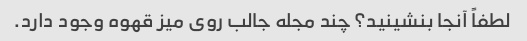
لطفاً آنجا بنشینید؟ چند مجله جالب روی میز قهوه وجود دارد.